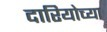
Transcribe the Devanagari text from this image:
दारियोच्या